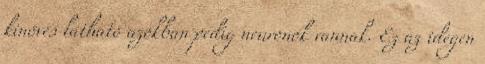
kinövés látható azokban pedig neuronok vannak. Ez az idegen